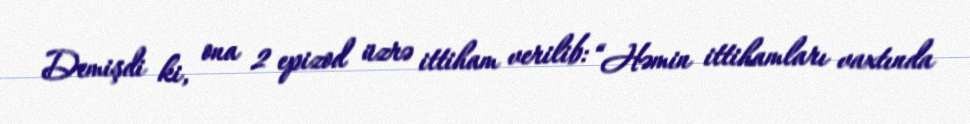
Demişdi ki, ona 2 epizod üzrə ittiham verilib: “Həmin ittihamları vaxtında